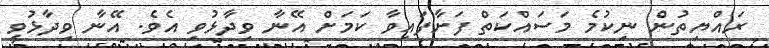
ރައްޔިތުން ނިކުމެ މަސައްކަތް ފަށާފައިވާ ކަމަށް އޭނާ ވިދާޅުވި އެވެ. އޭނާ ވިދާޅުވީ